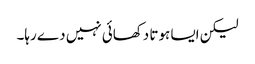
لیکن ایسا ہوتا دکھائی نہیں دے رہا۔